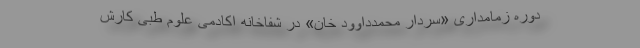
دوره زمامداری «سردار محمدداوود خان» در شفاخانه‌ اکادمی علوم طبی کارش